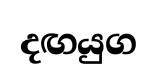
දඟයුග